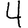
Digit: 4